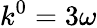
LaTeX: k^{0}=3\omega